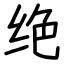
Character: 绝